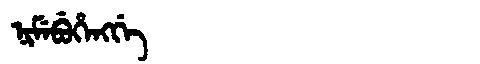
Manchu: ᠨᡳᠮᡝᠪᡠᡥᡝᠩᡤᡝ
Romanization: NIMEBUHENGGE